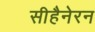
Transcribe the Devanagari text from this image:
सीहैनेरन